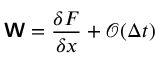
\boldsymbol { \mathsf { W } } = \frac { \delta F } { \delta \boldsymbol { x } } + \mathcal { O } ( \Delta t )